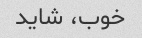
خوب، شاید